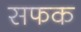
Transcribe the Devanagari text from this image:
सफक